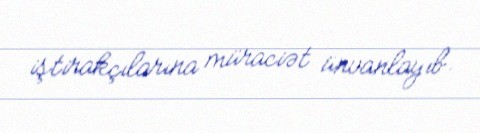
iştirakçılarına müraciət ünvanlayıb.